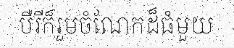
បឺរីក៏រួមចំណែកដ៏ធំមួយ